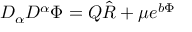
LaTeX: D _ { \alpha } D ^ { \alpha } \Phi = Q \hat { R } + \mu e ^ { b \Phi }